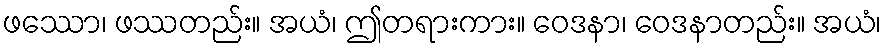
ဖဿော၊ ဖဿတည်း။ အယံ၊ ဤတရားကား။ ဝေဒနာ၊ ဝေဒနာတည်း။ အယံ၊